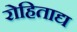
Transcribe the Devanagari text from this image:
रोहिताद्य